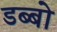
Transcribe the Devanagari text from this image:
डब्बो